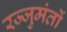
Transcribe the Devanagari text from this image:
रज्जुमंतों